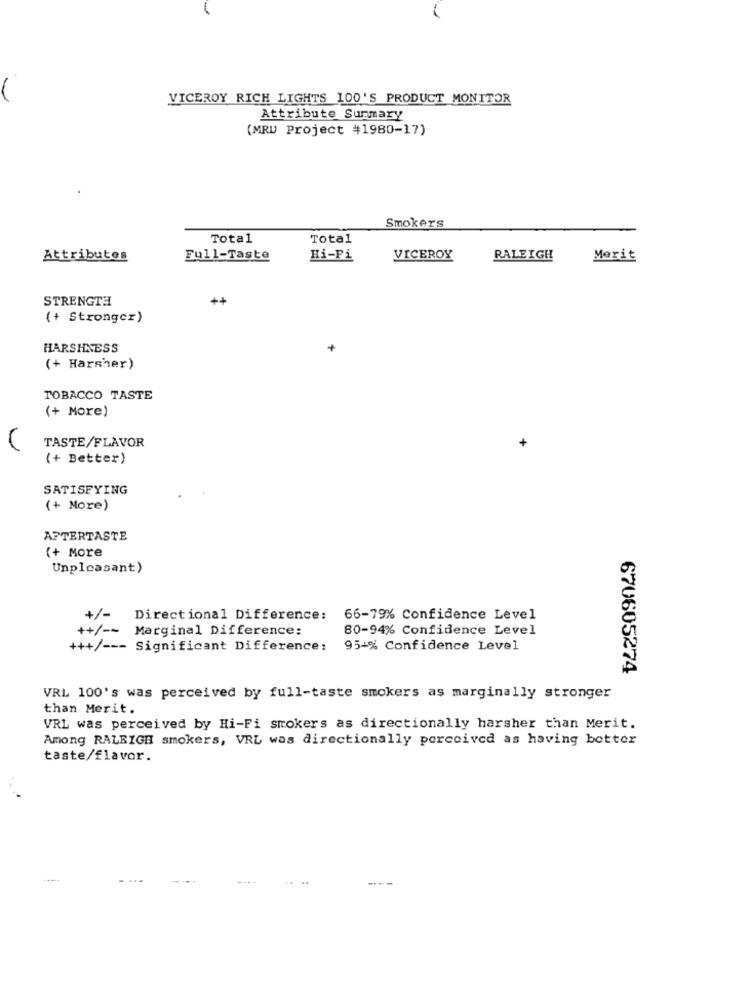
VICEROY RICH LIGHTS 100'S PRODUCT MONITOR
Attribute Summary
(MRU Project #1980-17)
Smokers
Total
Total
Attributes
Full-Taste
Hi-Fi
VICEROY
RALEIGH
Merit
STRENGTH
++
(+ Strongcz)
HARSHNESS
+
(+ Harsher)
TOBACCO TASTE
(+ More)
TASTE/FLAVOR
(+ Better)
SATISFYING
(+ More)
AFTERTASTE
(+ More
Unpleasant)
+/
Directional Difference:
66-79% Confidence Level
++/ --
Marginal Difference:
80-94% Confidence Level
+++/ --- Significant Difference:
95-% Confidence Level
670605274
VRL 100's was perceived by full-taste smokers as marginally stronger
than Merit.
VRL was perceived by Hi-Fi smokers as directionally harsher than Merit.
Among RALEIGH smokers, VRL was directionally perceived as having better
taste/flavor.